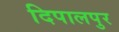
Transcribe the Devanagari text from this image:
दिपालपुर